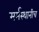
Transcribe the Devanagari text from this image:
मर्मस्थानीच